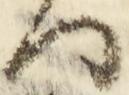
間